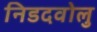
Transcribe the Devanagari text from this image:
निडदवोलु